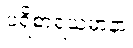
ပရိစာရယမာနာ